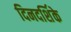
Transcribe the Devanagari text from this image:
दिनदर्शिके